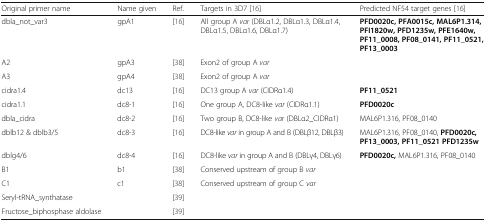
| Original primer name | Name given | Ref. | Targets in 3D7 [16] | Predicted NF54 target genes [16] |
 | --- | --- | --- | --- | --- |
 | dbla_not_var3 | gpA1 | [16] | All group A var (DBLα1.2, DBLα1.3, DBLα1.4, DBLα1.5, DBLα1.6, DBLα1.7) | PFD0020c, PFA0015c, MAL6P1.314, PFI1820w, PFD1235w, PFE1640w, PF11_0008, PF08_0141, PF11_0521, PF13_0003 |
 | A2 | gpA3 | [38] | Exon2 of group A var |  |
 | A3 | gpA4 | [38] | Exon2 of group A var |  |
 | cidra1.4 | dc13 | [16] | DC13 group A var (CIDRα1.4) | PF11_0521 |
 | cidra1.1 | dc8-1 | [16] | One group A, DC8-like var (CIDRα1.1) | PFD0020c |
 | dbla_cidra | dc8-2 | [16] | Two group B, DC8-like var (DBLα2_CIDRα1) | MAL6P1.316, PF08_0140 |
 | dblb12 & dblb3/5 | dc8-3 | [16] | DC8-like var in group A and B (DBLβ12, DBLβ3) | MAL6P1.316, PF08_0140, PFD0020c, PF13_0003, PF11_0521 PFD1235w |
 | dblg4/6 | dc8-4 | [16] | DC8-like var in group A and B (DBLγ4, DBLγ6) | PFD0020c, MAL6P1.316, PF08_0140 |
 | B1 | b1 | [38] | Conserved upstream of group B var |  |
 | C1 | c1 | [38] | Conserved upstream of group C var |  |
 | Seryl-tRNA_synthatase |  | [39] |  |  |
 | Fructose_biphosphase aldolase |  | [39] |  |  |